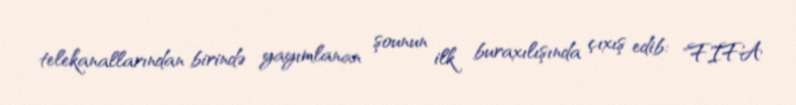
telekanallarından birində yayımlanan şounun ilk buraxılışında çıxış edib: "FIFA